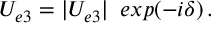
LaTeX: U _ { e 3 } = | U _ { e 3 } | \, ~ e x p { ( - i \delta ) } \, .